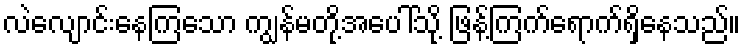
လဲလျောင်းနေကြသော ကျွန်မတို့အပေါ်သို့ ဖြန့်ကြက်ရောက်ရှိနေသည်။